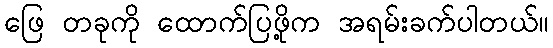
ဖြေ တခုကို ထောက်ပြဖို့က အရမ်းခက်ပါတယ်။